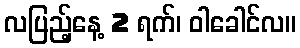
လပြည့်နေ့ 2 ရက်၊ ဝါခေါင်လ။